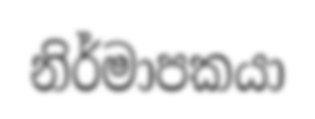
නිර්මාපකයා